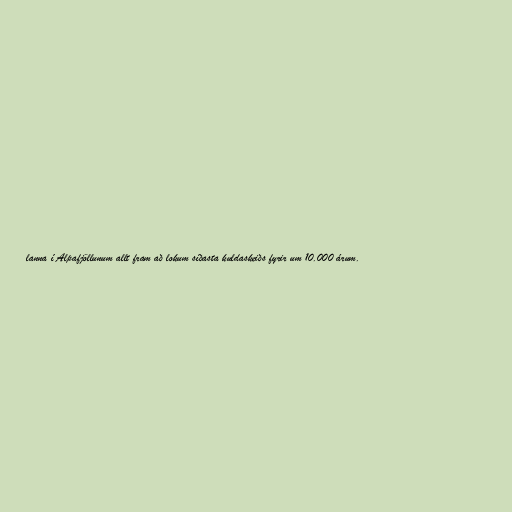
lanna í Alpafjöllunum allt fram að lokum síðasta kuldaskeiðs fyrir um 10.000 árum.